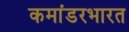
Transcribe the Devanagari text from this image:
कमांडरभारत